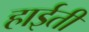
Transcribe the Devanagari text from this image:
हाईती